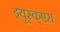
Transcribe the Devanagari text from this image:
इयूस्क्एरा